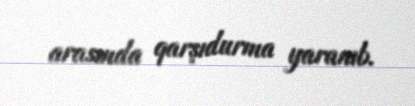
arasında qarşıdurma yaranıb.